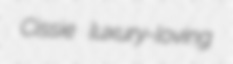
Cissie luxury-loving